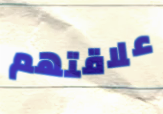
علاقتهم